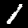
Label: 1